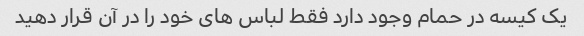
یک کیسه در حمام وجود دارد فقط لباس های خود را در آن قرار دهید